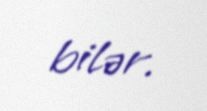
bilər.